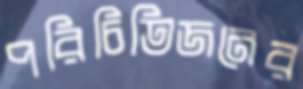
পরিচিতিজনের